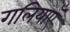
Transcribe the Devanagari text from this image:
गलियाएँ